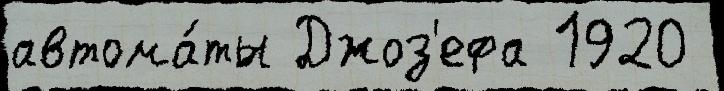
автома́ты Джоз'ефа 1920